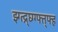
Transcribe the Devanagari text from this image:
झ्ग्त्द्र्घ्ग्ग्फ्त्फ्ह